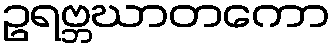
ဥရဗ္ဘဃာတကော